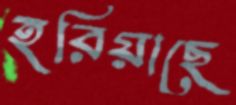
হরিয়াছে